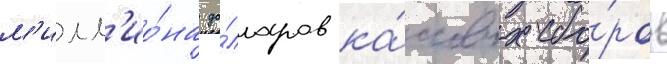
м'илл'ио́на до́лларов ка́ссовых сбо́ров